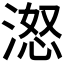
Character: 𪶨